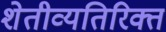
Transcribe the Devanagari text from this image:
शेतीव्यतिरिक्त